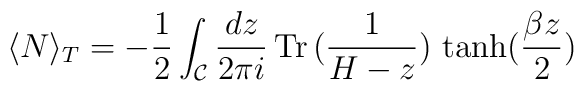
\langle N\rangle _T =-\frac{1}{2}\int_\mathcal{C}\frac{dz}{2\pi i}\,\textrm{Tr}\, (\frac{1}{H-z}) \,\tanh(\frac{\beta z}{2})